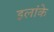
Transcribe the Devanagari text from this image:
इलांके